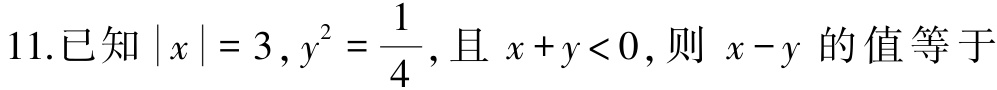
11.已知\(\vert x\vert = 3,y^{2}=\dfrac{1}{4}\),且\(x + y<0\),则\(x - y\)的值等于